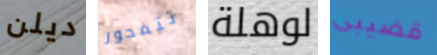
ديلن تتمحور لوهلة قضيبى